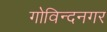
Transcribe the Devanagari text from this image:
गोविन्‍दनगर